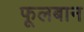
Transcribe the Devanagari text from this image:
फूलबान